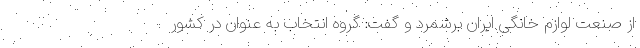
از صنعت لوازم خانگی ایران برشمرد و گفت: گروه انتخاب به عنوان در کشور